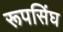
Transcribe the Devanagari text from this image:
रूपसिंघ